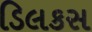
ડિલકસ